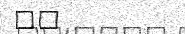
٩٩